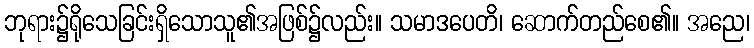
ဘုရား၌ရိုသေခြင်းရှိသောသူ၏အဖြစ်၌လည်း။ သမာဒပေတိ၊ ဆောက်တည်စေ၏။ အညေ၊